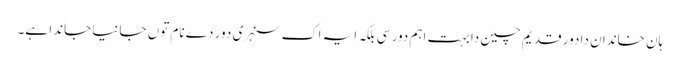
ہان خاندان دا دور قدیم چین دا بہت اہم دور سی بلکہ ایہ اک سنہری دور دے نام توں جانیا جاندا ہے۔